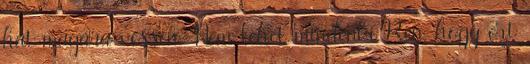
hát magára vessen. Nem lehet mindenki Ren, hogy ezt